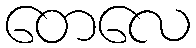
တေလေ